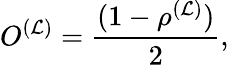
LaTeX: O^{(\mathcal{L})}={\frac{{(1-\rho^{(\mathcal{L})})}}{{2}}},